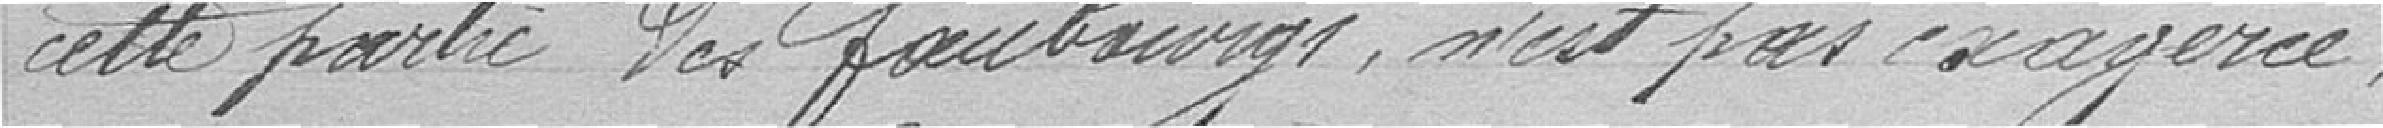
cette partie des faubourgs, n'est pas exagéré;